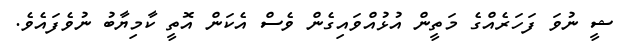
ޝީ ނުވަ ފަހަރެއްގެ މަތީން އުޅުއްވައިގެން ވެސް އެކަން އޮތީ ކާމިޔާބު ނުވެފައެވެ.